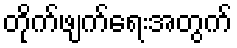
တိုက်ဖျက်ရေးအတွက်